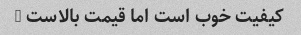
کیفیت خوب است اما قیمت بالاست …